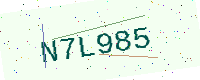
Text: N7L985